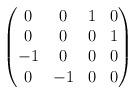
LaTeX: \begin{align*} \begin{pmatrix} 0&0&1&0 \\ 0&0&0&1 \\ -1&0&0&0 \\ 0&-1&0&0 \end{pmatrix}\end{align*}